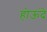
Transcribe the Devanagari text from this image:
होऊंदे